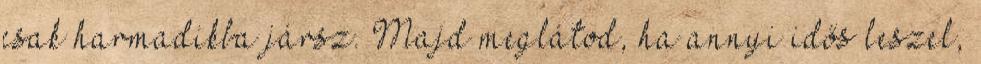
csak harmadikba jársz. Majd meglátod, ha annyi idős leszel,